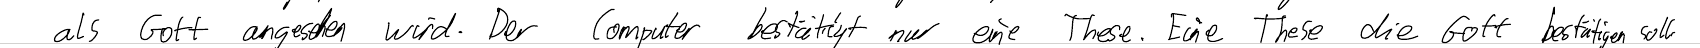
als Gott angesehen wird. Der Computer bestätigt nur eine These. Eine These die Gott bestätigen soll